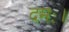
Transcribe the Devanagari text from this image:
दमः।